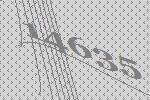
14635